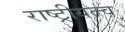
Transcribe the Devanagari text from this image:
राष्ट्रीयत्त्व